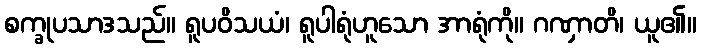
စက္ခုပသာဒသည်။ ရူပဝိသယံ၊ ရူပါရုံဟူသော အာရုံကို။ ဂဏှာတိ၊ ယူ၏။